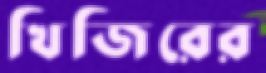
খিজিরের